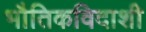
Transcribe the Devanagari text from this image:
भौतिकविदाशी